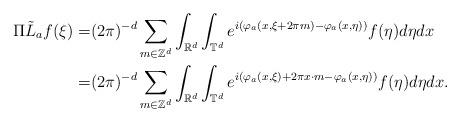
LaTeX: \begin{align*}\Pi \tilde L_a f(\xi)=& (2\pi)^{-d}\sum_{m\in\mathbb{Z}^d} \int_{\mathbb{R}^d} \int_{\mathbb{T}^d} e^{i(\varphi_a(x,\xi+2\pi m)-\varphi_a(x,\eta))} f(\eta) d\eta dx \\=& (2\pi)^{-d}\sum_{m\in\mathbb{Z}^d} \int_{\mathbb{R}^d} \int_{\mathbb{T}^d} e^{i(\varphi_a(x,\xi)+2\pi x\cdot m-\varphi_a(x,\eta))} f(\eta) d\eta dx .\end{align*}